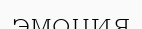
эмоция